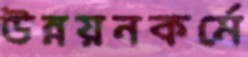
উন্নয়নকর্মে